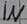
Text: IN